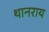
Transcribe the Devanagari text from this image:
थानराय